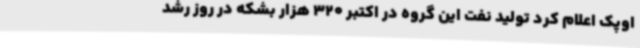
اوپک اعلام کرد تولید نفت این گروه در اکتبر 320 هزار بشکه در روز رشد